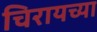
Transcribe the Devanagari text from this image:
चिरायच्या